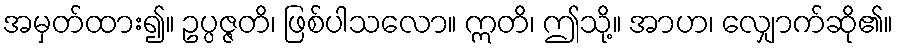
အမှတ်ထား၍။ ဥပ္ပဇ္ဇတိ၊ ဖြစ်ပါသလော။ ဣတိ၊ ဤသို့။ အာဟ၊ လျှောက်ဆို၏။